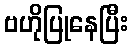
ဗဟိုပြုနေပြီး